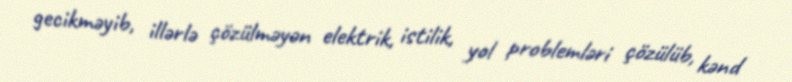
gecikməyib, illərlə çözülməyən elektrik, istilik, yol problemləri çözülüb, kənd